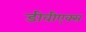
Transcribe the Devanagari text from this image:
डीवीएक्स